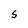
Character: s